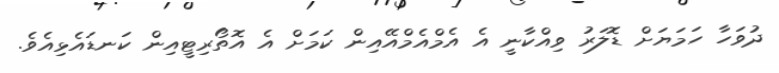
ދުވަހާ ހަމަޔަށް ޑޮލަރު ވިއްކާނީ އެ އެމްއެމްއޭއިން ކަމަށް އެ އޮތޯރިޓީއިން ކަނޑައެޅިއެވެ.